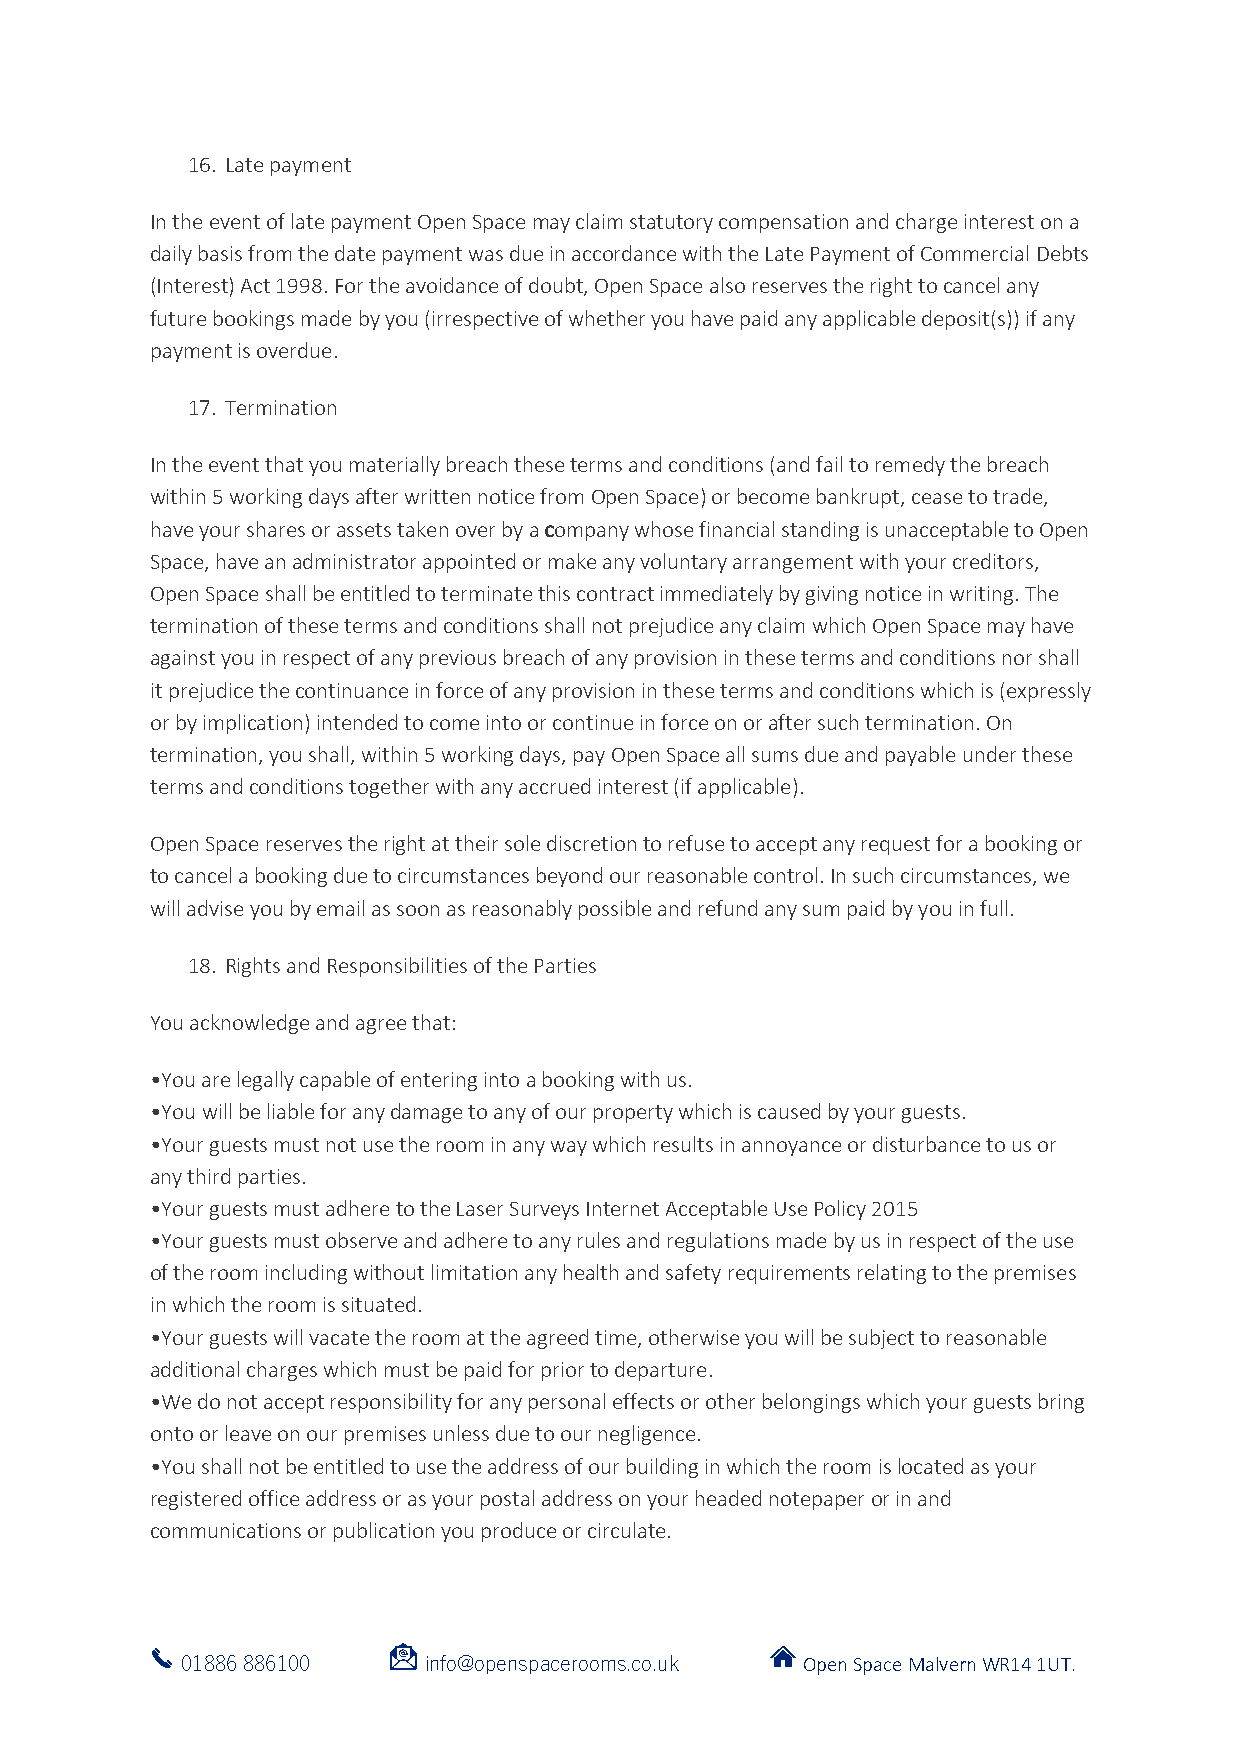
16. Late payment
 In the event of late payment Open Space may claim statutory compensation and charge interest on a
 daily basis from the date payment was due in accordance with the Late Payment of Commercial Debts
 (Interest) Act 1998. For the avoidance of doubt, Open Space also reserves the right to cancel any
 future bookings made by you (irrespective of whether you have paid any applicable deposit(s)) if any
 payment is overdue.
 17. Termination
 In the event that you materially breach these terms and conditions (and fail to remedy the breach
 within 5 working days after written notice from Open Space) or become bankrupt, cease to trade,
 have your shares or assets taken over by a company whose financial standing is unacceptable to Open
 Space, have an administrator appointed or make any voluntary arrangement with your creditors,
 Open Space shall be entitled to terminate this contract immediately by giving notice in writing. The
 termination of these terms and conditions shall not prejudice any claim which Open Space may have
 against you in respect of any previous breach of any provision in these terms and conditions nor shall
 it prejudice the continuance in force of any provision in these terms and conditions which is (expressly
 or by implication) intended to come into or continue in force on or after such termination. On
 termination, you shall, within 5 working days, pay Open Space all sums due and payable under these
 terms and conditions together with any accrued interest (if applicable).
 Open Space reserves the right at their sole discretion to refuse to accept any request for a booking or
 to cancel a booking due to circumstances beyond our reasonable control. In such circumstances, we
 will advise you by email as soon as reasonably possible and refund any sum paid by you in full.
 18. Rights and Responsibilities of the Parties
 You acknowledge and agree that:
 •You are legally capable of entering into a booking with us.
 •You will be liable for any damage to any of our property which is caused by your guests.
 •Your guests must not use the room in any way which results in annoyance or disturbance to us or
 any third parties.
 •Your guests must adhere to the Laser Surveys Internet Acceptable Use Policy 2015
 •Your guests must observe and adhere to any rules and regulations made by us in respect of the use
 of the room including without limitation any health and safety requirements relating to the premises
 in which the room is situated.
 •Your guests will vacate the room at the agreed time, otherwise you will be subject to reasonable
 additional charges which must be paid for prior to departure.
 •We do not accept responsibility for any personal effects or other belongings which your guests bring
 onto or leave on our premises unless due to our negligence.
 •You shall not be entitled to use the address of our building in which the room is located as your
 registered office address or as your postal address on your headed notepaper or in and
 communications or publication you produce or circulate.
 01886 886100    info@openspacerooms.co.uk Open Space Malvern WR14 1UT.